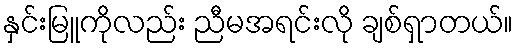
နှင်းမြူကိုလည်း ညီမအရင်းလို ချစ်ရှာတယ်။